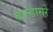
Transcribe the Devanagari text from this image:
बाल्डासरे